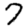
Digit: 7